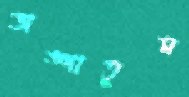
ভাঙ্গাতুম